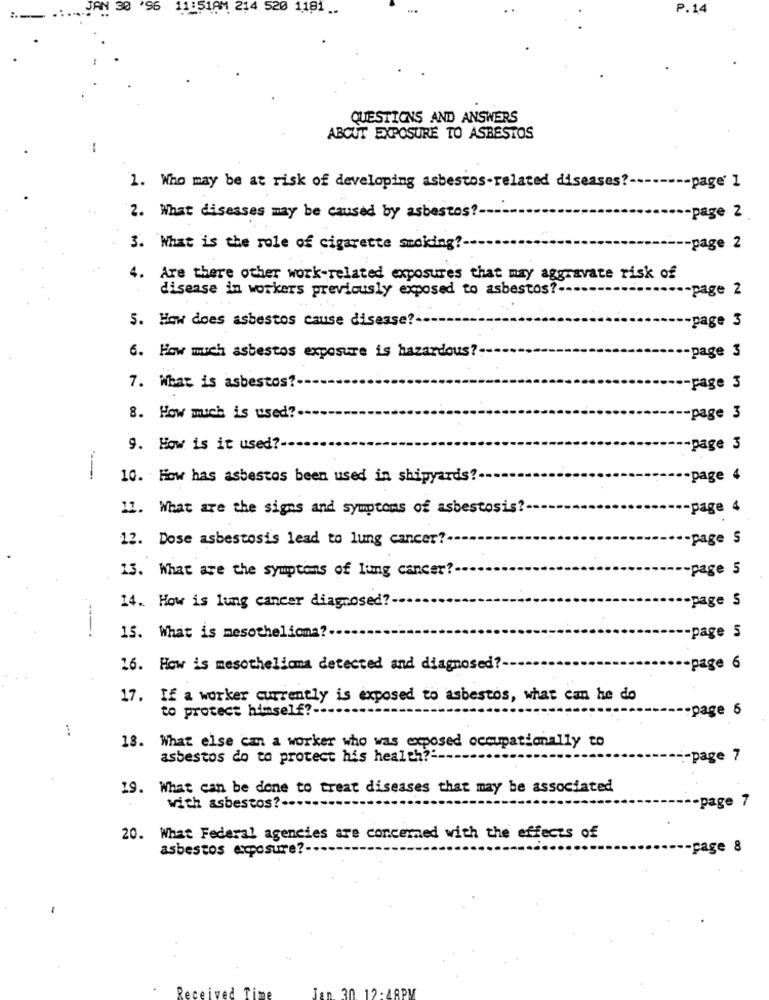
214 520 1181 ..
P.14
QUESTIONS AND ANSWERS
ABOUT EXPOSURE TO ASBESTOS
-- page' 1
1. Who may be at risk of developing asbestos-related diseases ?-
2. What disesses may be caused by asbestos ?-
-page 2
3. What is the role of cigarette smoking ?-
-page 2
4. Are there other work-related exposures that may aggravate risk of
disease in workers previously exposed to asbestos ?-..
.- page 2
5. How does asbestos cause disease?
-page 3
6. How much asbestos exposure is hazardous ?-
-page 3
7. What is asbestos?
-page 3
8. How much is used?
page 3
9. How is it used ?-
-page 3
10. How has asbestos been used in shipyards ?-
-page 4
11. What are the signs and symptoms of asbestosis ?-
-page 4
12. Dose asbestosis lead to lung cancer?
page 5
13. What are the symptoms of lung cancer?
-page 5
-page S
14. How is lung cancer diagnosed?
15. What is mesothelioma?
-page 5
16. How is mesothelioma detected and diagnosed ?-
-page 6
17. If a worker currently is exposed to asbestos, what can he do
to protect himself ?-.
page 5
1
18. What else can a worker who was exposed occupationally to
asbestos do to protect his health ?:
:- page 7
19. What can be done to treat diseases that may be associated
-page 7
with asbestos ?..
20. What Federal agencies are concerned with the effects of
asbestos exposure ?-
page 8
Jan. 30. 12 : 48PM
Receive